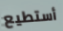
أستطيع